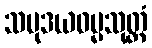
သမုဒယဓမ္မသုတ္တံ